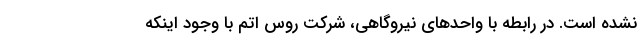
نشده است. در رابطه با واحدهای نیروگاهی، شرکت روس اتم با وجود اینکه